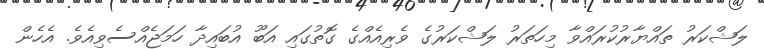
ލަޝްކަރު ތައްޔާރުކުރައްވާ މިހަތަރު ލަޝްކަރުގެ ވެރިއެއްގެ ގޮތުގައި އަބޫ އުބައިދާ ހަމަޖެއްސެވިއެވެ. އެހެން